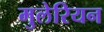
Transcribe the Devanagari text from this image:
मुलेरियन